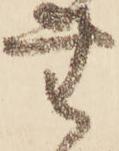
無